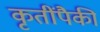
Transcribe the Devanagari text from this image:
कृतींपैकी